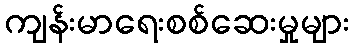
ကျန်းမာရေးစစ်ဆေးမှုများ